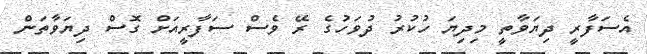
އެސަފާރީ ދިޔަވާތީ މިދިޔަ ހުކުރު ދުވަހުގެ ރޭ ވެސް ސަފާރީއަށް ގޮސް ދިޔަވާތަން